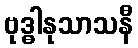
ဗုဒ္ဓါနုသာသနီ